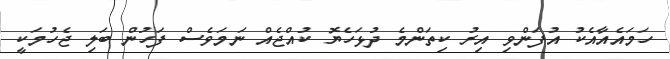
ހަމައެއާއެކު އުފަންވި އިރު ކިތަންމެ ދުޅަހެޔޮ ކުއްޖެއް ނަމަވެސް ފަހުން ބަލި ޖެހުމަކީ